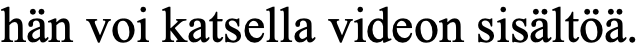
hän voi katsella videon sisältöä.